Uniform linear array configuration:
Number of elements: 12
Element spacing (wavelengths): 1
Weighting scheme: hann
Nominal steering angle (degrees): -15
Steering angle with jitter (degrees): -16.441
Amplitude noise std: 0.05
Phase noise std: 0.05

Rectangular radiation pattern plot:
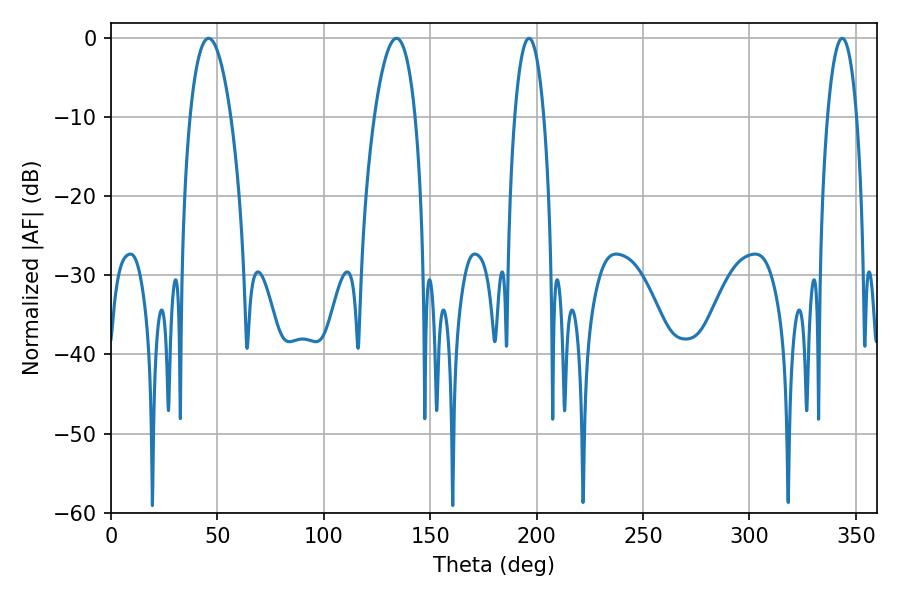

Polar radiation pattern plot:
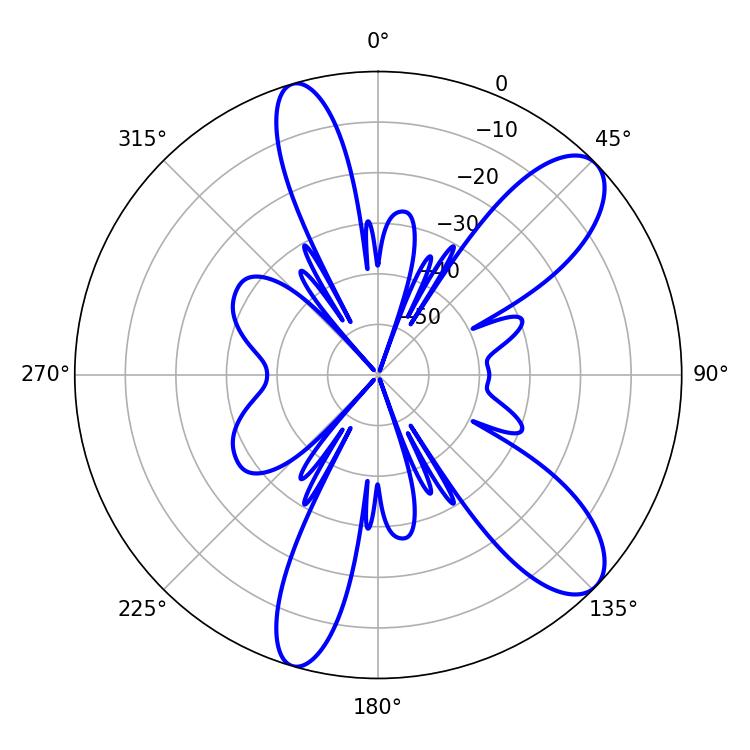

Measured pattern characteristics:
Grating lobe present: TRUE
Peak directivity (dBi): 9.891
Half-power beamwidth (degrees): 7.74
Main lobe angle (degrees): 196.38